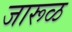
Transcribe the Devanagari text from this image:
जारूळ